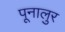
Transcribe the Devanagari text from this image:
पूनालुर